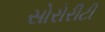
સોરોરીટી